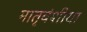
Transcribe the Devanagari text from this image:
मातृवंशीया